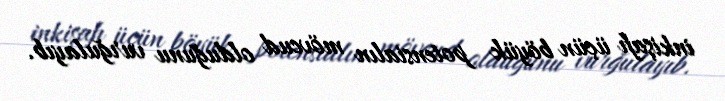
inkişafı üçün böyük potensialın mövcud olduğunu vurğulayıb.